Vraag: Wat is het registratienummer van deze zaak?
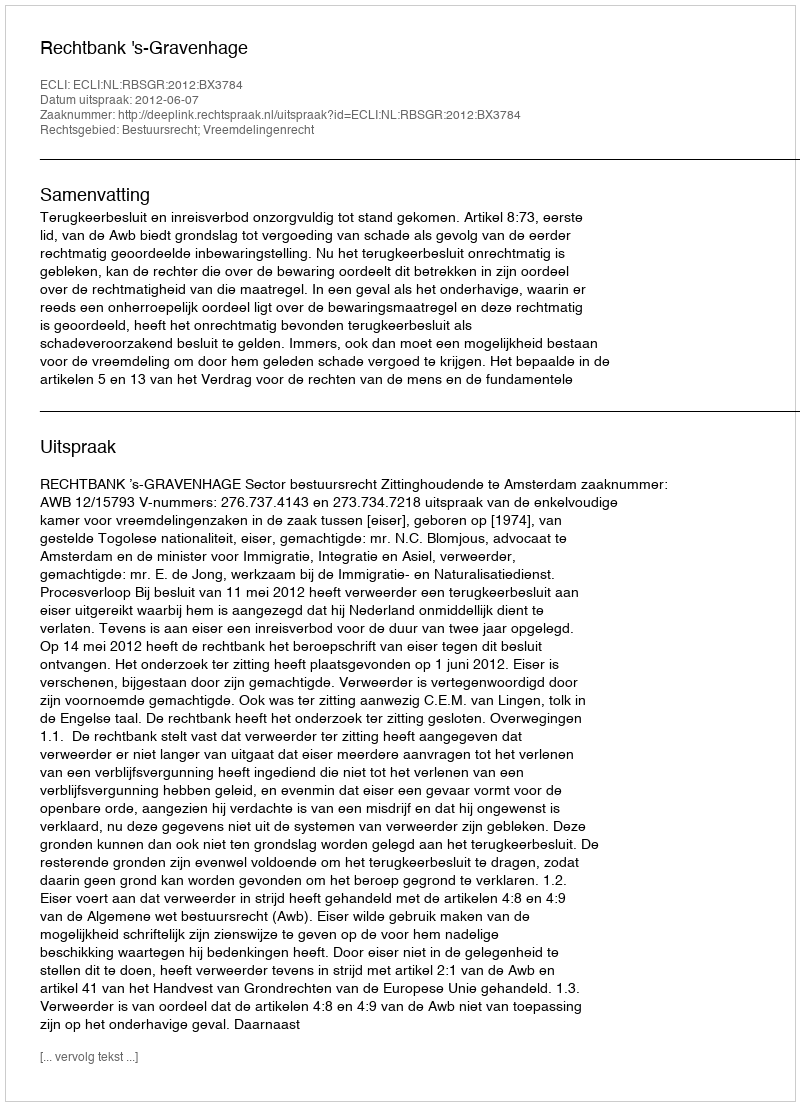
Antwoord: http://deeplink.rechtspraak.nl/uitspraak?id=ECLI:NL:RBSGR:2012:BX3784